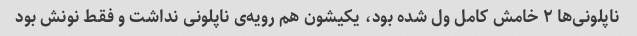
ناپلونی‌ها ۲ خامش کامل ول شده بود، یکیشون هم رویه‌ی ناپلونی نداشت و فقط نونش بود